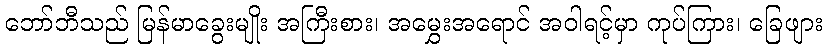
ဘော်ဘီသည် မြန်မာခွေးမျိုး အကြီးစား၊ အမွှေးအရောင် အဝါရင့်မှာ ကုပ်ကြား၊ ခြေဖျား